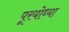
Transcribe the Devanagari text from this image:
पूरयोध्या